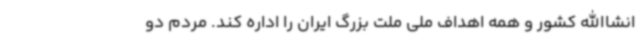
انشاالله کشور و همه اهداف ملی ملت بزرگ ایران را اداره کند. مردم دو